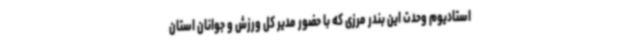
استادیوم وحدت این بندر مرزی که با حضور مدیر کل ورزش و جوانان استان